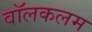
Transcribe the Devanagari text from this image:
वॉलकलम